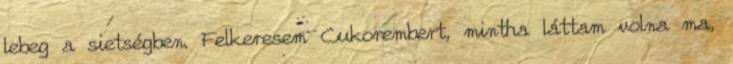
lebeg a sietségben. Felkeresem Cukorembert, mintha láttam volna ma,